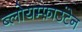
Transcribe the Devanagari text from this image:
ब्लोयम्फ़ाउंटेन